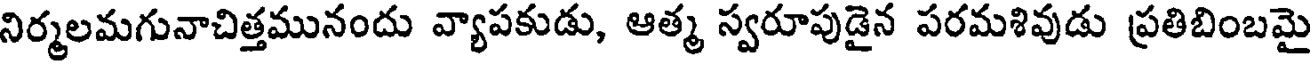
నిర్మలమగునాచిత్తమునందు వ్యాపకుడు, ఆత్మ స్వరూపుడైన పరమశివుడు ప్రతిబింబమై